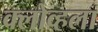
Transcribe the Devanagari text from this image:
क्लोव्हला